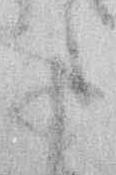
さ